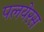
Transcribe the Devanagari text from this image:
पलयेरस